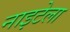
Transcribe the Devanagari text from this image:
नाइटेला